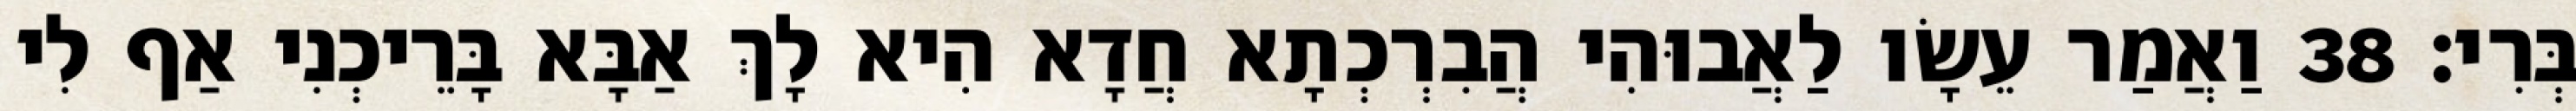
בְּרִי׃ 38 וַאֲמַר עֵשָׂו לַאֲבוּהִי הֲבִרְכְתָא חֲדָא הִיא לָךְ אַבָּא בָּרֵיכְנִי אַף לִי